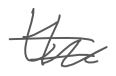
Text: the
Cross-out: double-line
Writing tool: digital_gray